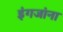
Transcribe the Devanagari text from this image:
इंगजांना